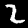
Digit: 2